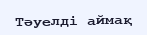
Тәуелді аймақ